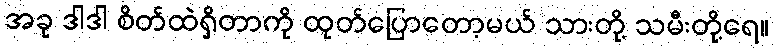
အခု ဒါဒါ စိတ်ထဲရှိတာကို ထုတ်ပြောတော့မယ် သားတို့ သမီးတို့ရေ။